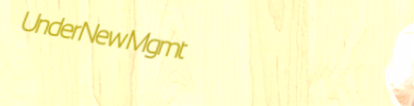
UnderNewMgmt